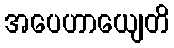
အပေဟာယျေတိ